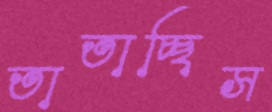
তাতাচ্ছিস